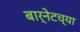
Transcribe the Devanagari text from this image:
बार्नेटच्या